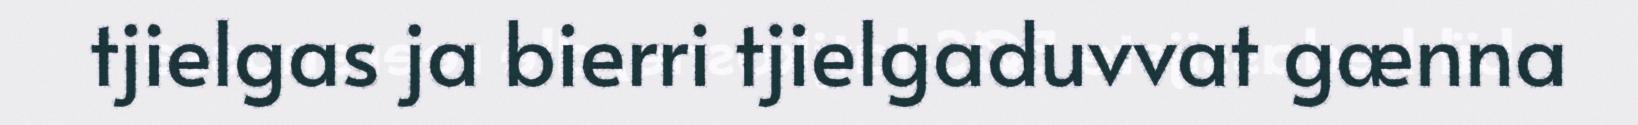
tjielgas ja bierri tjielgaduvvat gænna